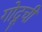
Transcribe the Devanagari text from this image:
गोदूची